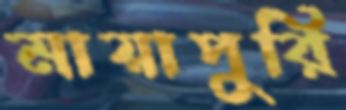
মায়াপুরি